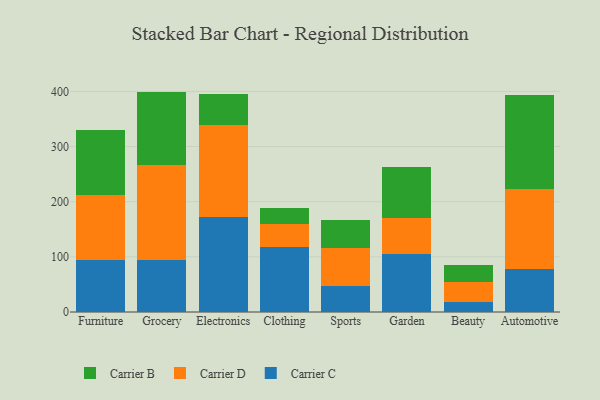
{"axis": {"x": "Category", "y": "Market Share (%)"}, "legend": ["Carrier B", "Carrier C", "Carrier D"], "data": [{"x": "Furniture", "y": 94.2, "type": "Carrier C"}, {"x": "Furniture", "y": 118.4, "type": "Carrier D"}, {"x": "Furniture", "y": 117.3, "type": "Carrier B"}, {"x": "Grocery", "y": 94.7, "type": "Carrier C"}, {"x": "Grocery", "y": 172.7, "type": "Carrier D"}, {"x": "Grocery", "y": 132.3, "type": "Carrier B"}, {"x": "Electronics", "y": 171.7, "type": "Carrier C"}, {"x": "Electronics", "y": 167.3, "type": "Carrier D"}, {"x": "Electronics", "y": 56.1, "type": "Carrier B"}, {"x": "Clothing", "y": 117.0, "type": "Carrier C"}, {"x": "Clothing", "y": 43.3, "type": "Carrier D"}, {"x": "Clothing", "y": 28.6, "type": "Carrier B"}, {"x": "Sports", "y": 46.7, "type": "Carrier C"}, {"x": "Sports", "y": 69.4, "type": "Carrier D"}, {"x": "Sports", "y": 50.4, "type": "Carrier B"}, {"x": "Garden", "y": 104.9, "type": "Carrier C"}, {"x": "Garden", "y": 66.2, "type": "Carrier D"}, {"x": "Garden", "y": 91.0, "type": "Carrier B"}, {"x": "Beauty", "y": 17.7, "type": "Carrier C"}, {"x": "Beauty", "y": 36.8, "type": "Carrier D"}, {"x": "Beauty", "y": 30.8, "type": "Carrier B"}, {"x": "Automotive", "y": 77.4, "type": "Carrier C"}, {"x": "Automotive", "y": 145.2, "type": "Carrier D"}, {"x": "Automotive", "y": 170.3, "type": "Carrier B"}]}